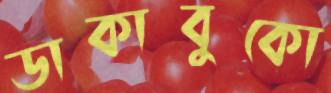
ডাকাবুকো